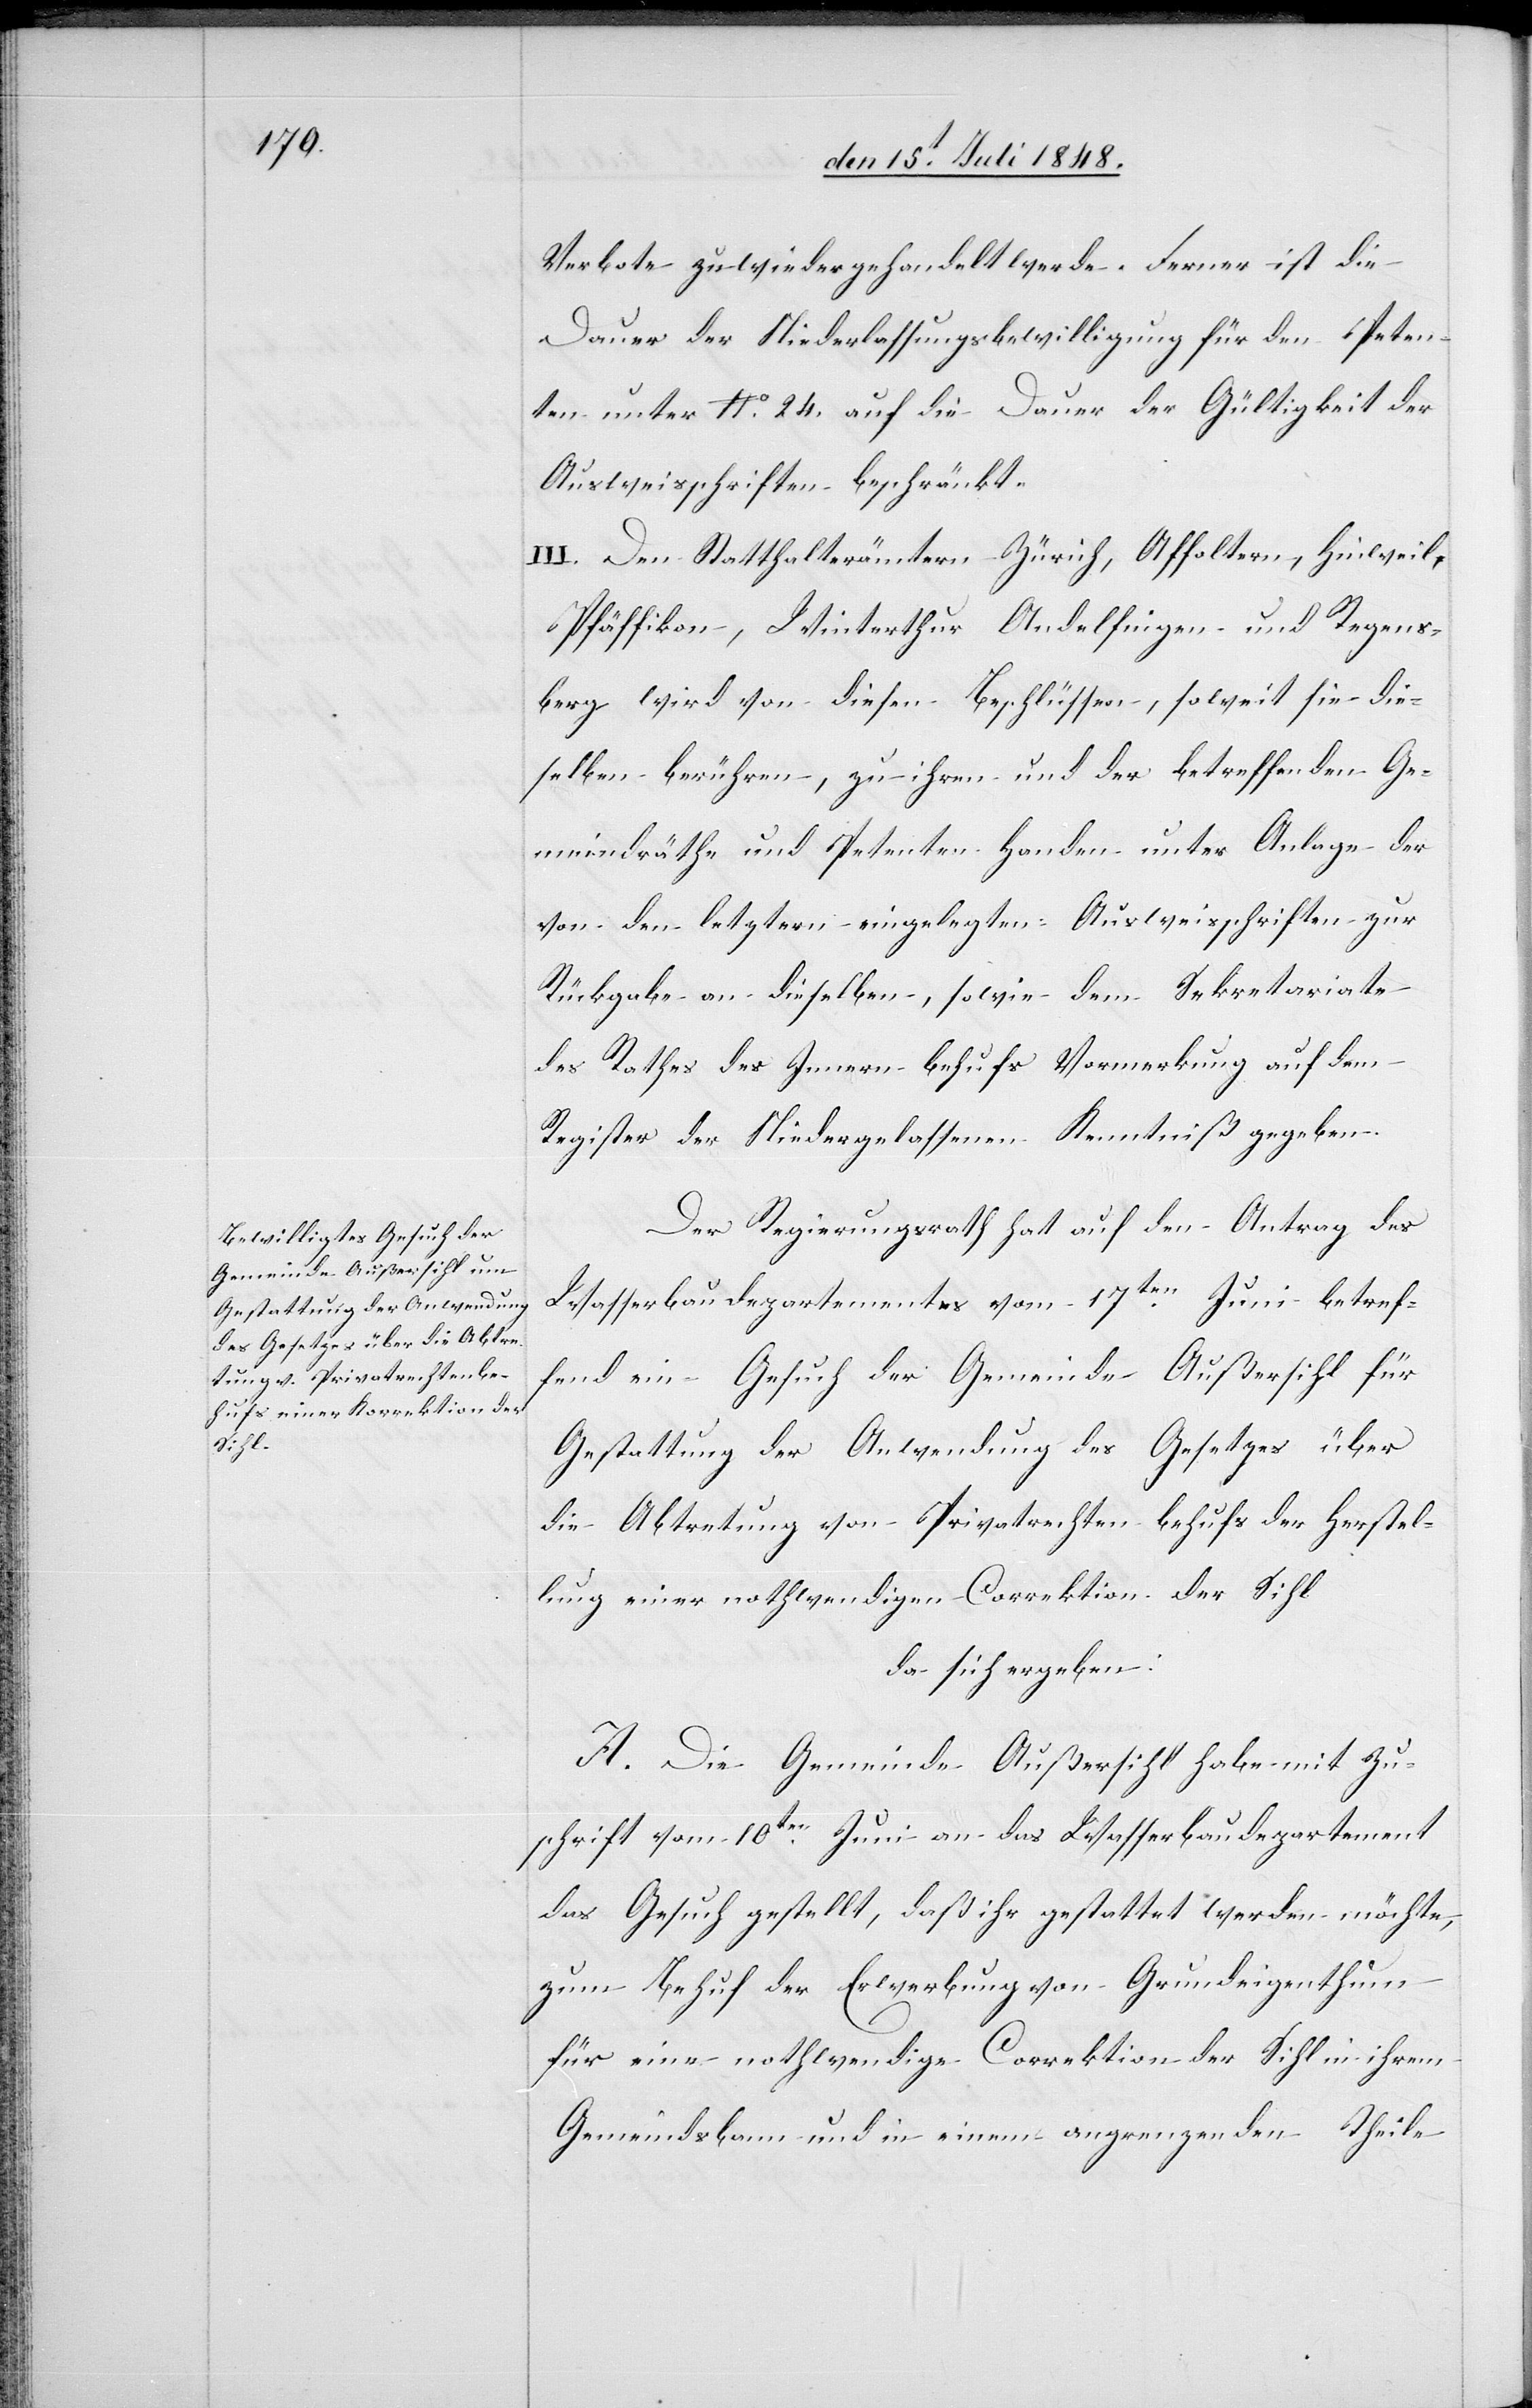
Verbote zuwiedergehandelt werde. Ferner ist die
Dauer der Niederlassungsbewilligung für den Peten¬
ten unter No 24. auf die Dauer der Gültigkeit der
Ausweisschriften beschränkt.
III. Den Statthalterämtern Zürich, Affoltern, Hinweil,
Pfäffikon, Winterthur, Andelfingen und Regens¬
berg wird von diesen Beschlüssen, soweit sie die¬
selben berühren, zu ihren und der betreffenden Ge¬
meindrähte und Petenten Handen unter Anlage der
von den letztern eingelegten Ausweisschriften zur
Rückgabe an dieselben, sowie dem Sekretariate
des Rathes des Innern behufs Vormerkung auf dem
Register der Niedergelassenen Kenntniß gegeben.
Der Regierungsrath hat auf den Antrag des
Wasserbaudepartementes vom 17ten Juni betref¬
fend ein Gesuch der Gemeinde Außersihl für
Gestattung der Anwendung des Gesetzes über
die Abtretung von Privatrechten behufs der Herstel¬
lung einer nothwendigen Correktion der Sihl
da sich ergeben:
A. Die Gemeinde Außersihl habe mit Zu¬
schrift vom 10ten Juni an das Wasserbaudepartement
das Gesuch gestellt, daß ihr gestattet werden möchte,
zum Behuf der Erwerbung von Grundeigenthum
für eine nothwendige Correktion der Sihl in ihrem
Gemeindsbann in einem angrenzenden Theile